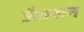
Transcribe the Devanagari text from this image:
जैक्‍सन